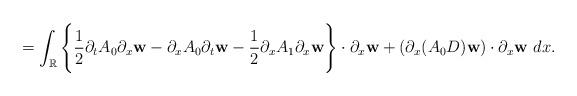
LaTeX: \begin{align*}= \int_{\mathbb{R}} \Bigg\{ \frac{1}{2}\partial_{t}A_{0}\partial_{x}\textbf{w} - \partial_{x}A_{0}\partial_{t}\textbf{w}- \frac{1}{2}\partial_{x}A_{1}\partial_{x}\textbf{w} \Bigg\} \cdot \partial_{x}\textbf{w} + (\partial_{x}(A_{0}D)\textbf{w}) \cdot \partial_{x}\textbf{w} ~ dx.\end{align*}